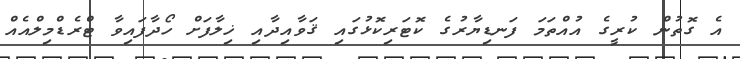
އެ ގޮތުން ކުރީގެ އުއްތަމަ ފަނޑިޔާރުގެ ކޮޓަރިކޮޅުގައި ޤަވާއިދާއި ޚިލާފަށް ހޯދާފައިވާ ޓްރެޑްމިލްއެއް